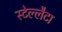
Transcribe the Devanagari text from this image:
स्टेल्लैटा